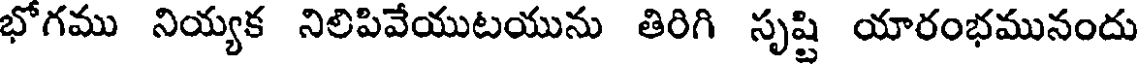
భోగము నియ్యక నిలిపివేయుటయును తిరిగి సృష్టి యారంభమునందు